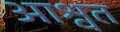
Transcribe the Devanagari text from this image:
आश्वत